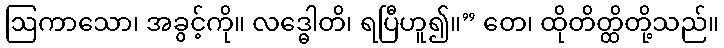
ဩကာသော၊ အခွင့်ကို။ လဒ္ဓေါတိ၊ ရပြီဟူ၍။” တေ၊ ထိုတိတ္ထိတို့သည်။